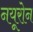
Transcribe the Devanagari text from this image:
नयूरोन